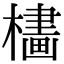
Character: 𣛛